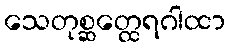
သေတုစ္ဆတ္ထေရဂါထာ